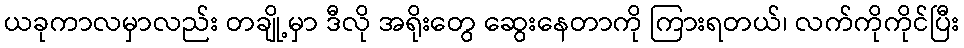
ယခုကာလမှာလည်း တချို့မှာ ဒီလို အရိုးတွေ ဆွေးနေတာကို ကြားရတယ်၊ လက်ကိုကိုင်ပြီး